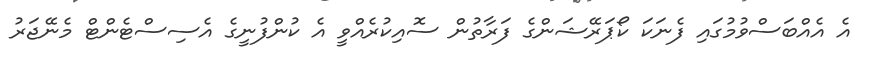
އެ އެއްބަސްވުމުގައި ފެނަކަ ކޯޕަރޭޝަންގެ ފަރާތުން ސޮއިކުރެއްވީ އެ ކުންފުނީގެ އެސިސްޓެންޓް މެނޭޖަރު